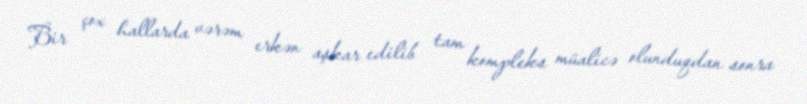
Bir çox hallarda vərəm erkən aşkar edilib tam kompleks müalicə olunduqdan sonra